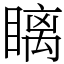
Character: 瞝